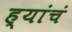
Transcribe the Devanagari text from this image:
ह्यांचं